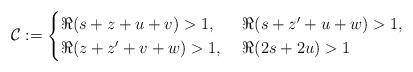
LaTeX: \begin{align*} \mathcal C := \begin{cases} \Re (s+z+u+v) >1,& \ \Re (s+z'+u+w) >1,\\ \Re (z+z'+v+w) >1,& \ \Re (2s+2u) >1 \end{cases} \end{align*}